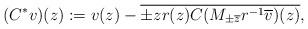
LaTeX: \begin{align*}(C^* v)(z) := v(z) - \overline{\pm z r(z) C(M_{\pm \overline{z}} r^{-1}\overline{v})(z)},\end{align*}